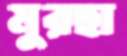
মুরছা